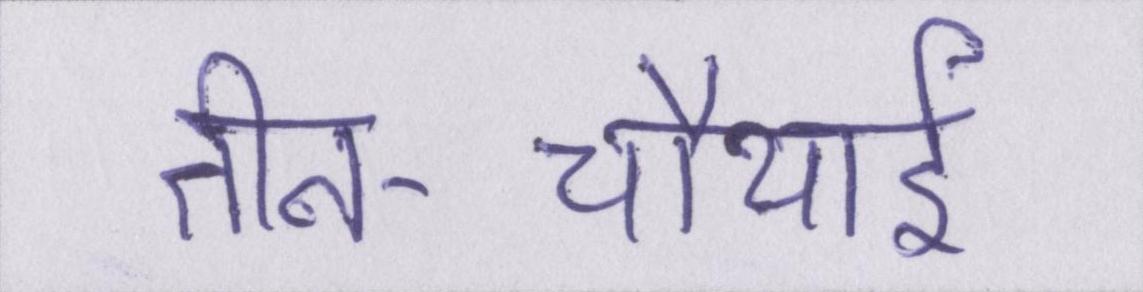
तीन-चौथाई